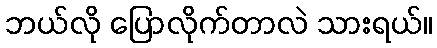
ဘယ်လို ပြောလိုက်တာလဲ သားရယ်။